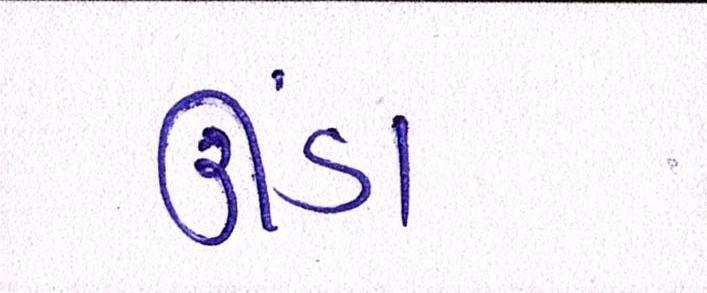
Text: ઊંડા